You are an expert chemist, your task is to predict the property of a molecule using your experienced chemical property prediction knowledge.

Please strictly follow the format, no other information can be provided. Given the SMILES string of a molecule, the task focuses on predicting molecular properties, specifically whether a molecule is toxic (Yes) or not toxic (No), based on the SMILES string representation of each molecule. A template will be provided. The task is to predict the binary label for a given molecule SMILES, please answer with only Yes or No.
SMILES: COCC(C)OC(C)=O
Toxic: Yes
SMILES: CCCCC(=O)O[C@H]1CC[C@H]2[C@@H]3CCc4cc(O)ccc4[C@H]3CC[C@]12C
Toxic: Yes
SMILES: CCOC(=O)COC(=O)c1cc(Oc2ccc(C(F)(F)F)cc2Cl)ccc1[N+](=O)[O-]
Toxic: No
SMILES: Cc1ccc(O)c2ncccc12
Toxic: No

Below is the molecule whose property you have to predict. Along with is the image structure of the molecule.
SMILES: CCCOC(=O)c1ccc(C(=O)OCCC)nc1
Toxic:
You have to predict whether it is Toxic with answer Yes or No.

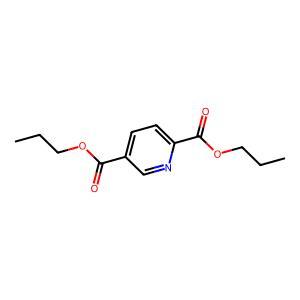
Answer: No